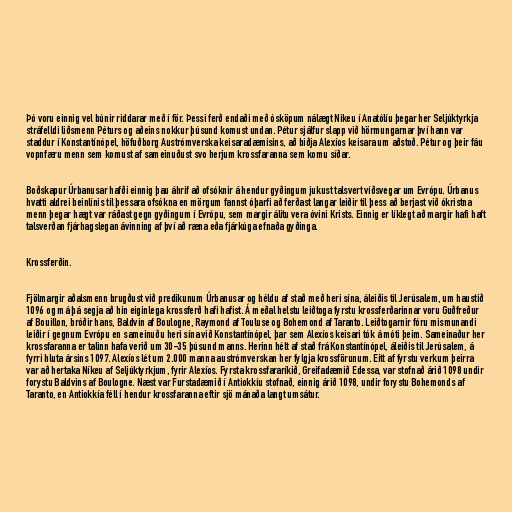
Þó voru einnig vel búnir riddarar með í för. Þessi ferð endaði með ósköpum nálægt Nikeu í Anatólíu þegar her Seljúktyrkja
stráfelldi liðsmenn Péturs og aðeins nokkur þúsund komust undan. Pétur sjálfur slapp við hörmungarnar því hann var
staddur í Konstantínópel, höfuðborg Austrómverska keisaradæmisins, að biðja Alexíos keisara um aðstoð. Pétur og þeir fáu
vopnfæru menn sem komust af sameinuðust svo herjum krossfaranna sem komu síðar.

Boðskapur Úrbanusar hafði einnig þau áhrif að ofsóknir á hendur gyðingum jukust talsvert víðsvegar um Evrópu. Úrbanus
hvatti aldrei beinlínis til þessara ofsókna en mörgum fannst óþarfi að ferðast langar leiðir til þess að berjast við ókristna
menn þegar hægt var ráðast gegn gyðingum í Evrópu, sem margir álitu vera óvini Krists. Einnig er líklegt að margir hafi haft
talsverðan fjárhagslegan ávinning af því að ræna eða fjárkúga efnaða gyðinga.

Krossferðin.

Fjölmargir aðalsmenn brugðust við predikunum Úrbanusar og héldu af stað með heri sína, áleiðis til Jerúsalem, um haustið
1096 og má þá segja að hin eiginlega krossferð hafi hafist. Á meðal helstu leiðtoga fyrstu krossferðarinnar voru Guðfreður
af Bouillon, bróðir hans, Baldvin af Boulogne, Raymond af Touluse og Bohemond af Taranto. Leiðtogarnir fóru mismunandi
leiðir í gegnum Evrópu en sameinuðu heri sína við Konstantínópel, þar sem Alexíos keisari tók á móti þeim. Sameinaður her
krossfaranna er talinn hafa verið um 30-35 þúsund manns. Herinn hélt af stað frá Konstantínópel, áleiðis til Jerúsalem, á
fyrri hluta ársins 1097. Alexíos lét um 2.000 manna austrómverskan her fylgja krossförunum. Eitt af fyrstu verkum þeirra
var að hertaka Níkeu af Seljúktyrkjum, fyrir Alexíos. Fyrsta krossfararíkið, Greifadæmið Edessa, var stofnað árið 1098 undir
forystu Baldvins af Boulogne. Næst var Furstadæmið í Antiokkíu stofnað, einnig árið 1098, undir forystu Bohemonds af
Taranto, en Antiokkía féll í hendur krossfaranna eftir sjö mánaða langt umsátur.